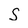
Character: S